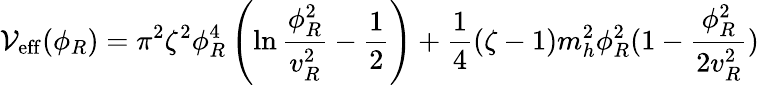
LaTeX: \mathcal{V}_{\mathrm{{eff}}}(\phi_{R})=\pi^{2}\zeta^{2}\phi_{R}^{4}\left(\ln{\frac{{\phi_{R}^{2}}}{{v_{R}^{2}}}}-{\frac{{1}}{{2}}}\right)+{\frac{{1}}{{4}}}(\zeta-1)m_{h}^{2}\phi_{R}^{2}(1-{\frac{{\phi_{R}^{2}}}{{2v_{R}^{2}}}})